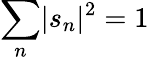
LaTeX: \sum_{n}\lvert s_{n}\rvert^{2}=1